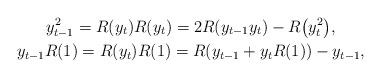
LaTeX: \begin{gather*}y_{t-1}^2 = R(y_t)R(y_t) = 2R(y_{t-1} y_t) - R\big(y_t^2\big), \\y_{t-1} R(1) = R(y_t)R(1) = R(y_{t-1} + y_tR(1)) - y_{t-1},\end{gather*}